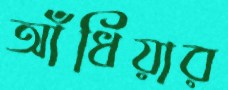
আঁধিয়ার